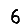
Digit: 6